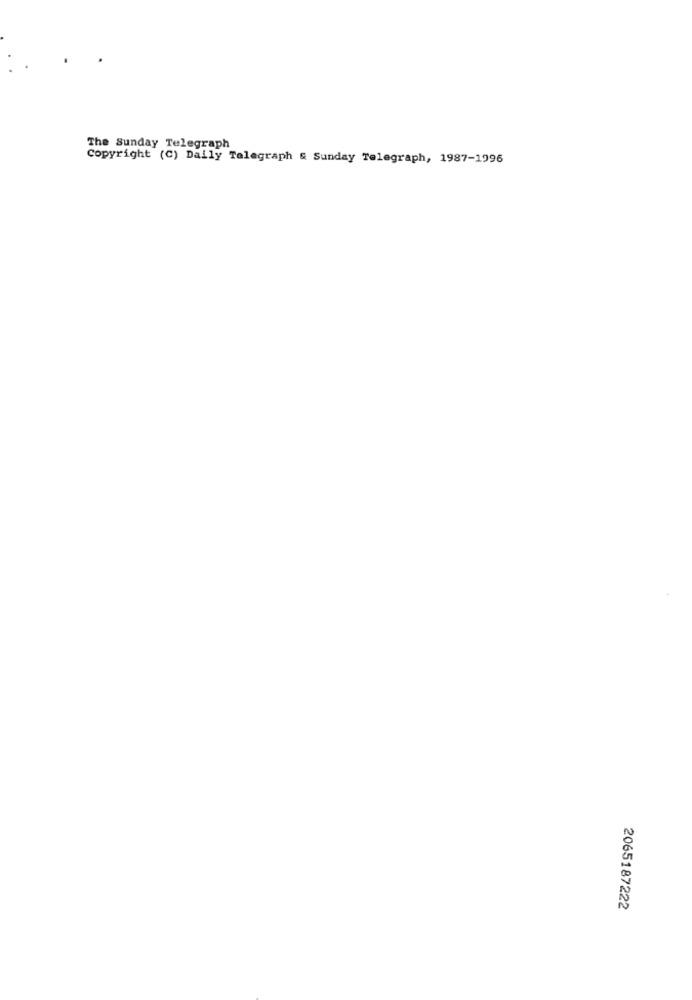
The Sunday Telegraph
Copyright (C) Daily Telegraph & Sunday Telegraph, 1987-1996
2065187222